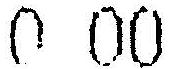
0 00